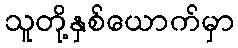
သူတို့နှစ်ယောက်မှာ